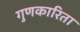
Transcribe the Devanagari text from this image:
गुणकारिता